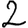
Digit: 2